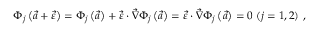
\Phi _ { j } \left( \vec { a } + \vec { \varepsilon } \right) = \Phi _ { j } \left( \vec { a } \right) + \vec { \varepsilon } \cdot \vec { \nabla } \Phi _ { j } \left( \vec { a } \right) = \vec { \varepsilon } \cdot \vec { \nabla } \Phi _ { j } \left( \vec { a } \right) = 0 ~ ( j = 1 , 2 ) \ ,